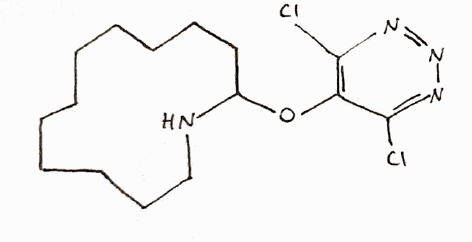
Simplified molecular-input line-entry system (SMILES) notation of the given molecule:
C1CCCCCC(NCCCCC1)OC2=C(N=NN=C2Cl)Cl